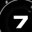
Digit: 7